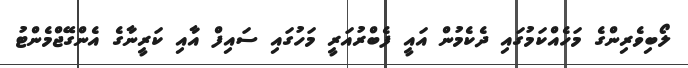
ލޯބިވެރިންގެ މަހެއްކަމުގައި ދެކެމުން އައީ ފެބްރުއަރީ މަހުގައި ސައިފް އާއި ކަރީނާގެ އެންގޭޖްމެންޓު